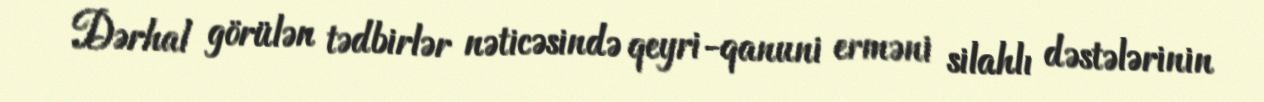
Dərhal görülən tədbirlər nəticəsində qeyri-qanuni erməni silahlı dəstələrinin